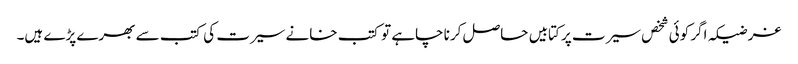
غرضیکہ اگر کوئی شخص سیرت پر کتابیں حاصل کرنا چاہے تو کتب خانے سیرت کی کتب سے بھرے پڑے ہیں۔